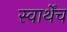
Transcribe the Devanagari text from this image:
स्वार्थेंच